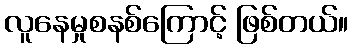
လူနေမှုစနစ်ကြောင့် ဖြစ်တယ်။